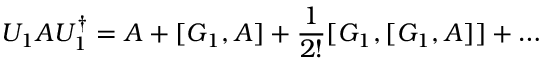
U _ { 1 } A U _ { 1 } ^ { \dagger } = A + [ G _ { 1 } , A ] + \frac { 1 } { 2 ! } [ G _ { 1 } , [ G _ { 1 } , A ] ] + \ldots